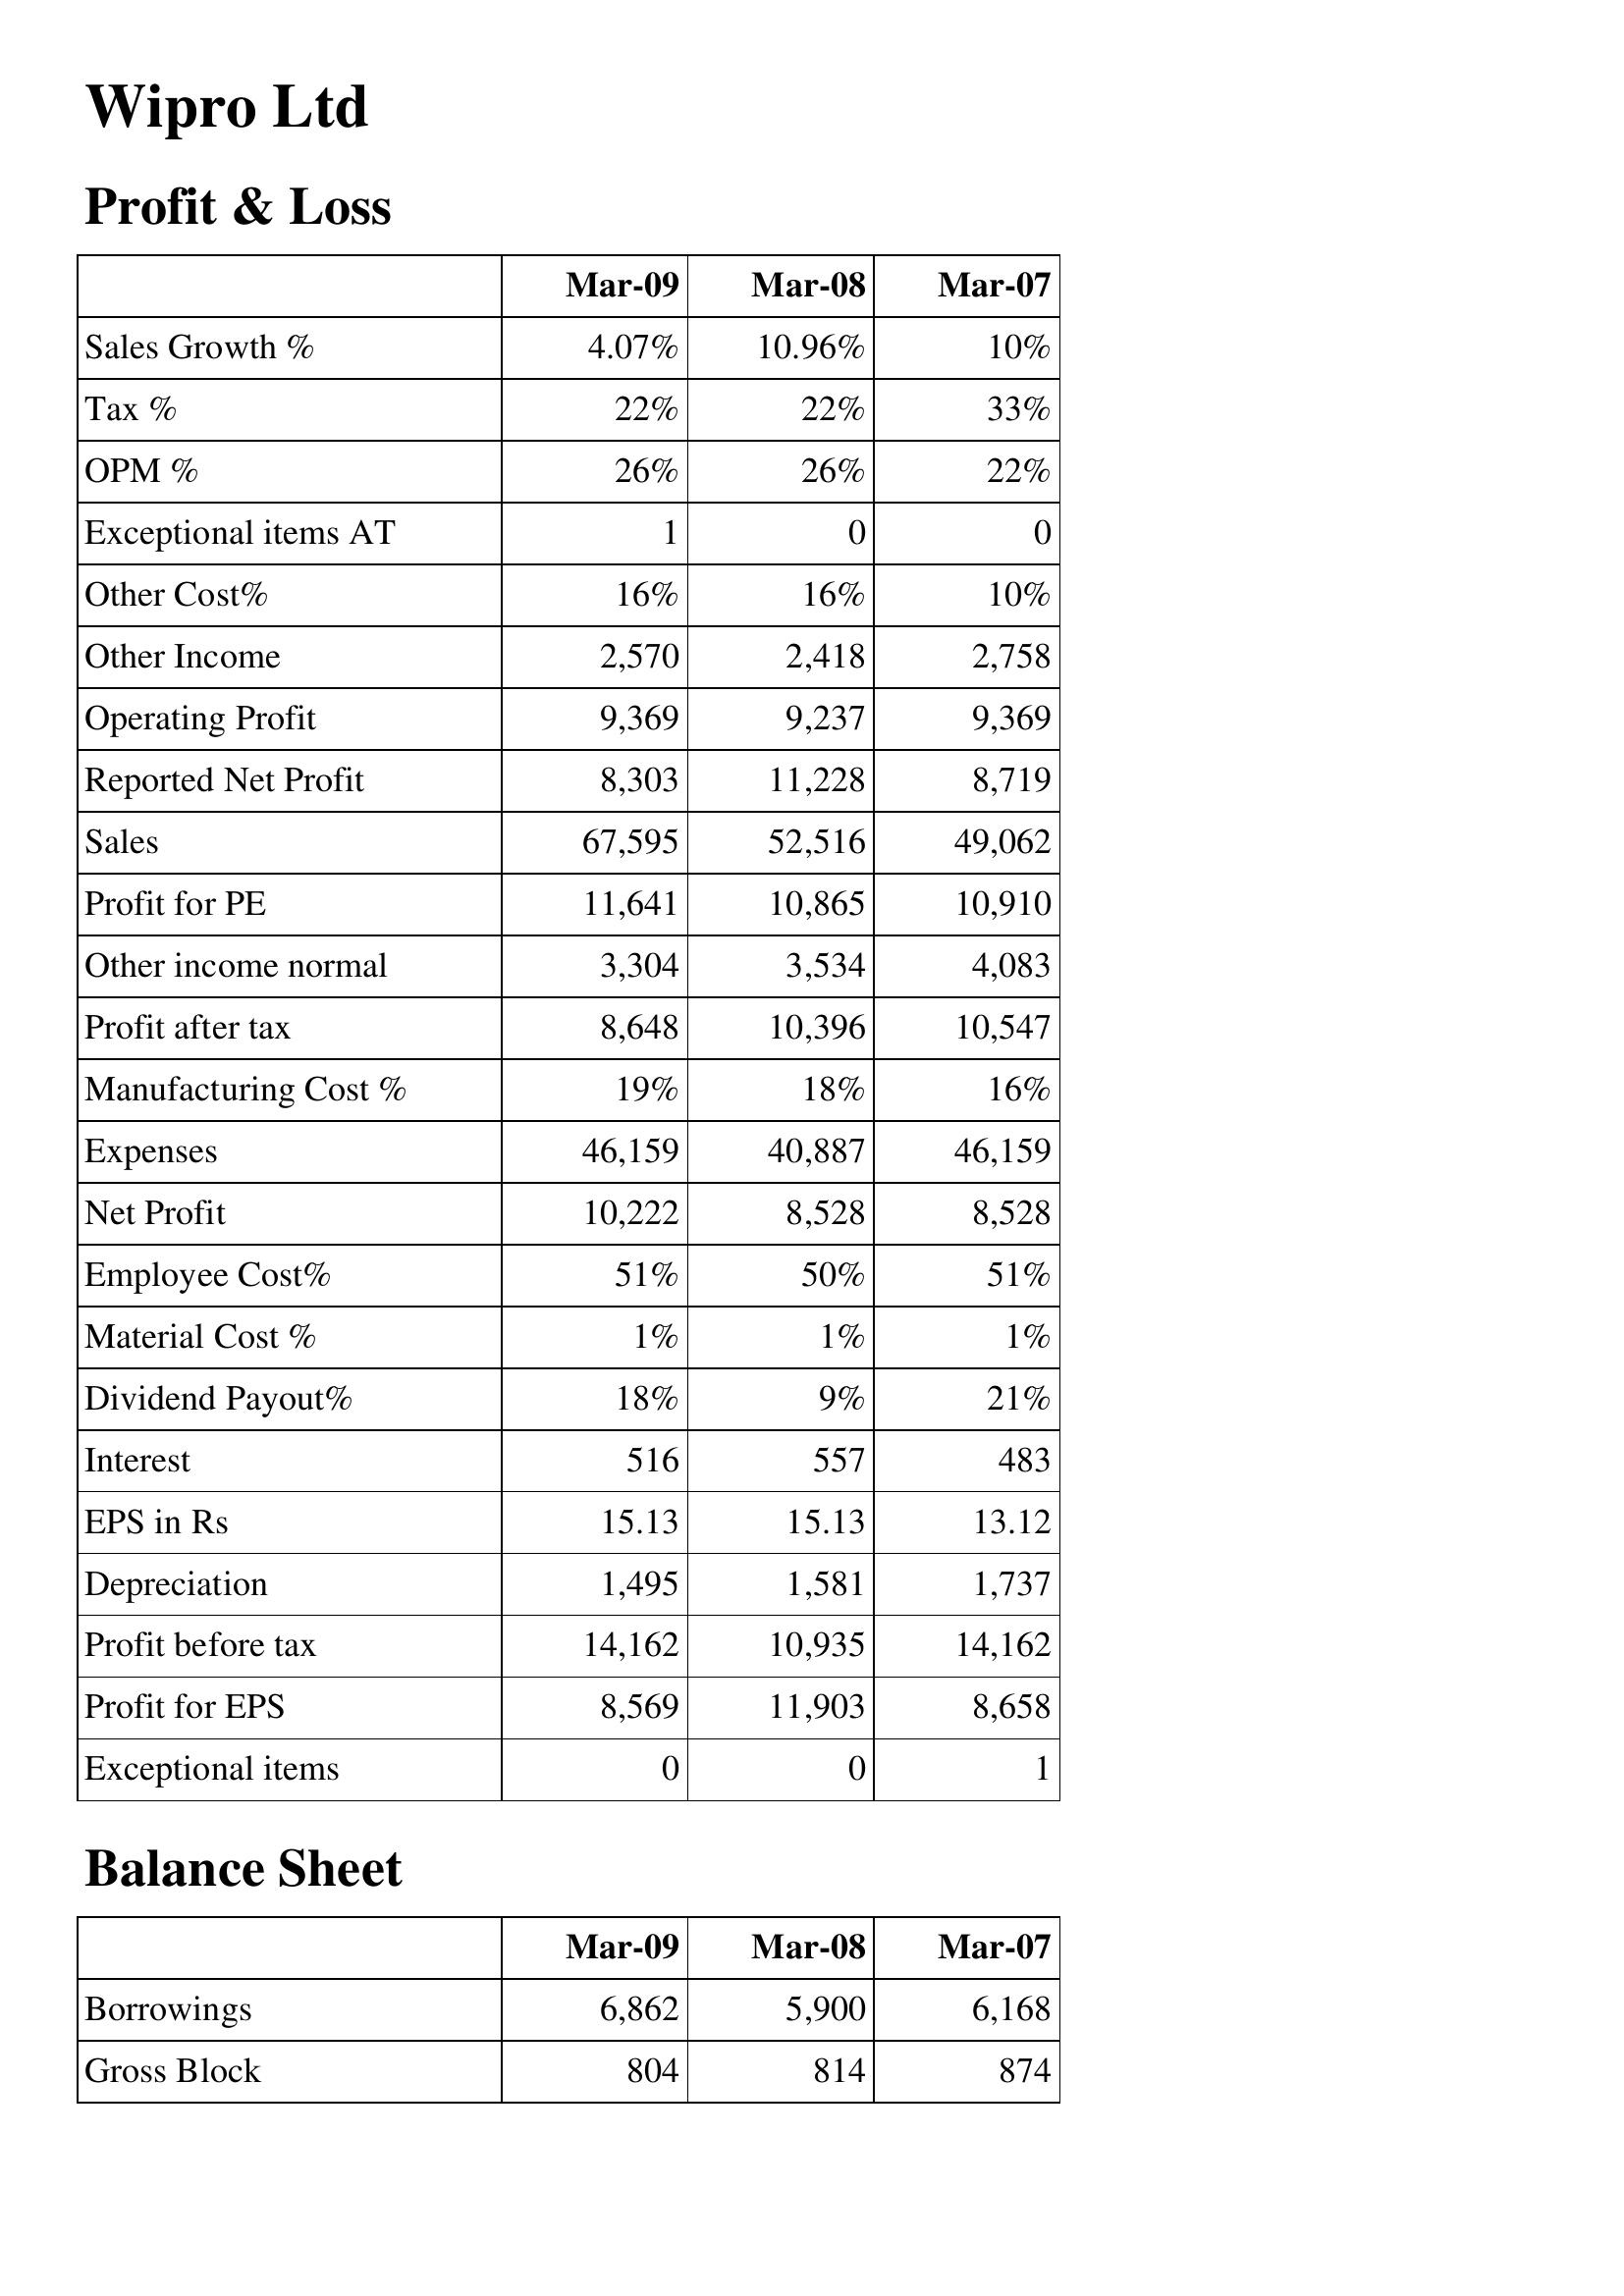
Mar-09: Profit & Loss: Sales Growth %: 4.07%
Tax %: 22%
OPM %: 26%
Exceptional items AT: 1
Other Cost%: 16%
Other Income: 2,570
Operating Profit: 9,369
Reported Net Profit: 8,303
Sales: 67,595
Profit for PE: 11,641
Other income normal: 3,304
Profit after tax: 8,648
Manufacturing Cost %: 19%
Expenses: 46,159
Net Profit: 10,222
Employee Cost%: 51%
Material Cost %: 1%
Dividend Payout%: 18%
Interest: 516
EPS in Rs: 15.13
Depreciation: 1,495
Profit before tax: 14,162
Profit for EPS: 8,569
Exceptional items: 0
Balance Sheet: Borrowings: 6,862
Gross Block: 804
Mar-08: Profit & Loss: Sales Growth %: 10.96%
Tax %: 22%
OPM %: 26%
Exceptional items AT: 0
Other Cost%: 16%
Other Income: 2,418
Operating Profit: 9,237
Reported Net Profit: 11,228
Sales: 52,516
Profit for PE: 10,865
Other income normal: 3,534
Profit after tax: 10,396
Manufacturing Cost %: 18%
Expenses: 40,887
Net Profit: 8,528
Employee Cost%: 50%
Material Cost %: 1%
Dividend Payout%: 9%
Interest: 557
EPS in Rs: 15.13
Depreciation: 1,581
Profit before tax: 10,935
Profit for EPS: 11,903
Exceptional items: 0
Balance Sheet: Borrowings: 5,900
Gross Block: 814
Mar-07: Profit & Loss: Sales Growth %: 10%
Tax %: 33%
OPM %: 22%
Exceptional items AT: 0
Other Cost%: 10%
Other Income: 2,758
Operating Profit: 9,369
Reported Net Profit: 8,719
Sales: 49,062
Profit for PE: 10,910
Other income normal: 4,083
Profit after tax: 10,547
Manufacturing Cost %: 16%
Expenses: 46,159
Net Profit: 8,528
Employee Cost%: 51%
Material Cost %: 1%
Dividend Payout%: 21%
Interest: 483
EPS in Rs: 13.12
Depreciation: 1,737
Profit before tax: 14,162
Profit for EPS: 8,658
Exceptional items: 1
Balance Sheet: Borrowings: 6,168
Gross Block: 874